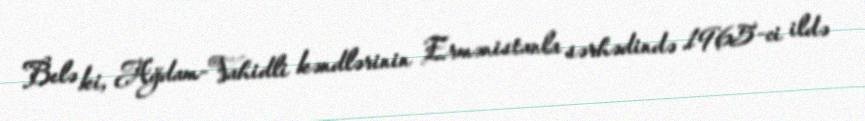
Belə ki, Ağdam-Vahidli kəndlərinin Ermənistanla sərhədində 1965-ci ildə